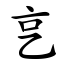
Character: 㐔